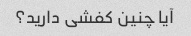
آیا چنین کفشی دارید؟